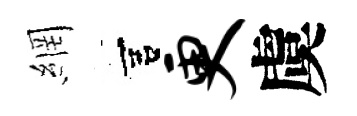
網宫更虞